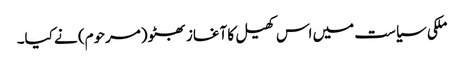
ملکی سیاست میں اس کھیل کا آغاز بھٹو (مرحوم) نے کیا۔